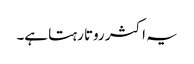
یہ اکثر روتا رہتا ہے۔